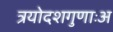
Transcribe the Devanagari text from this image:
त्रयोदशगुणाःअ